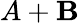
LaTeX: A+\mathbf{B}